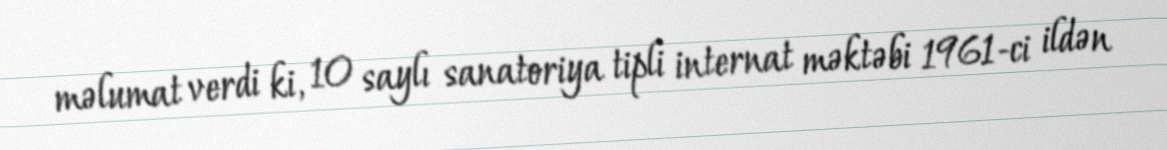
məlumat verdi ki, 10 saylı sanatoriya tipli internat məktəbi 1961-ci ildən